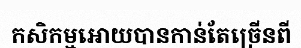
កសិកម្មអោយបានកាន់តែច្រើនពី